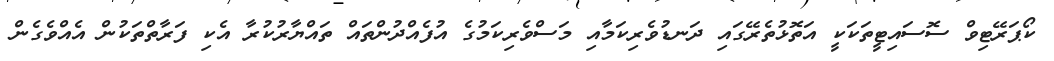
ކޯޕަރޭޓިވް ސޮސައިޓީތަކަކީ އަތޮޅުތެރޭގައި ދަނޑުވެރިކަމާއި މަސްވެރިކަމުގެ އުފެއްދުންތައް ތައްޔާރުކުރާ އެކި ފަރާތްތަކުން އެއްވެގެން